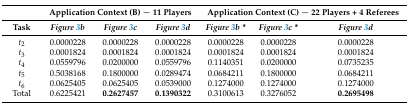
<table><thead><tr><td></td><td colspan="3"><b>Application Context (B) − 11 Players</b></td><td colspan="3"><b>Application Context (C) − 22 Players + 4 Referees</b></td></tr><tr><td><b>Task</b></td><td><b><i>Figure 3b</i></b></td><td><b><i>Figure 3c</i></b></td><td><b><i>Figure 3d</i></b></td><td><b><i>Figure 3b *</i></b></td><td><b><i>Figure 3c *</i></b></td><td><b><i>Figure 3d</i></b></td></tr></thead><tbody><tr><td><i>t</i><sub>2</sub></td><td>0.0000228</td><td>0.0000228</td><td>0.0000228</td><td>0.0000228</td><td>0.0000228</td><td>0.0000228</td></tr><tr><td><i>t</i><sub>3</sub></td><td>0.0001824</td><td>0.0001824</td><td>0.0001824</td><td>0.0001824</td><td>0.0001824</td><td>0.0001824</td></tr><tr><td><i>t</i><sub>4</sub></td><td>0.0559796</td><td>0.0200000</td><td>0.0559796</td><td>0.1140351</td><td>0.0200000</td><td>0.0735235</td></tr><tr><td><i>t</i><sub>5</sub></td><td>0.5038168</td><td>0.1800000</td><td>0.0289474</td><td>0.0684211</td><td>0.1800000</td><td>0.0684211</td></tr><tr><td><i>t</i><sub>6</sub></td><td>0.0625405</td><td>0.0625405</td><td>0.0539000</td><td>0.1274000</td><td>0.1274000</td><td>0.1274000</td></tr><tr><td>Total</td><td>0.6225421</td><td><b>0.2627457</b></td><td><b>0.1390322</b></td><td>0.3100613</td><td>0.3276052</td><td><b>0.2695498</b></td></tr></tbody></table>